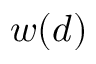
w ( d )